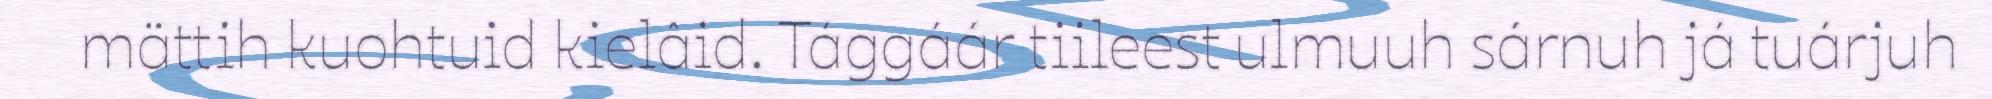
mättih kuohtuid kielâid. Tággáár tiileest ulmuuh sárnuh já tuárjuh